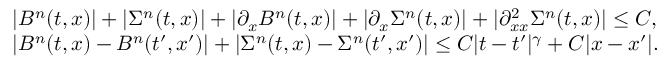
\begin{array} { r l } & { | B ^ { n } ( t , x ) | + | \Sigma ^ { n } ( t , x ) | + | \partial _ { x } B ^ { n } ( t , x ) | + | \partial _ { x } \Sigma ^ { n } ( t , x ) | + | \partial _ { x x } ^ { 2 } \Sigma ^ { n } ( t , x ) | \le C , } \\ & { | B ^ { n } ( t , x ) - B ^ { n } ( t ^ { \prime } , x ^ { \prime } ) | + | \Sigma ^ { n } ( t , x ) - \Sigma ^ { n } ( t ^ { \prime } , x ^ { \prime } ) | \le C | t - t ^ { \prime } | ^ { \gamma } + C | x - x ^ { \prime } | . } \end{array}